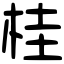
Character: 桂